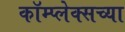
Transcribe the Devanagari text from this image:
कॉम्प्लेक्सच्या